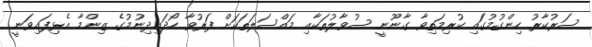
ސަރުކާރު ހިންގުމުގައި ކުރިމަތިވާ ގާނޫނީ ސުވާލުތަކާއި މައްސަލަތަކަށް ފަރުވާ ހޯދައިދިނުމުގެ ޒިންމާ އެޅިފައިވަނީ